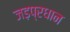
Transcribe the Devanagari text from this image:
जड़प्रधान